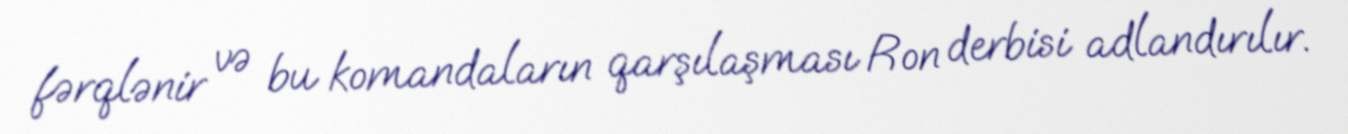
fərqlənir və bu komandaların qarşılaşması Ron derbisi adlandırılır.